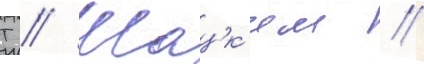
Т // Шацк'им //